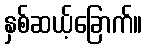
နှစ်ဆယ့်ခြောက်။